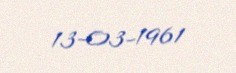
13-03-1961